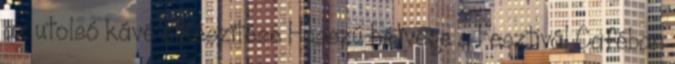
az utolsó kávé elkészítése Hosszú hétvége a Fesztivál Caféban